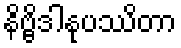
နိဗ္ဗိဒါနုပဿိတာ